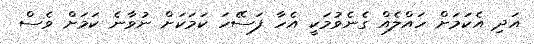
އަދި އެކަމަށް ހައްލެއް ގެނެވުމަކީ އެހާ ފަސޭހަ ކަމަކަށް ނުވާނެ ކަމަށް ވެސް